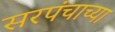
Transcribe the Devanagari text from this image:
सरपंचाच्या